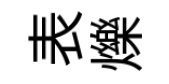
表爍